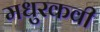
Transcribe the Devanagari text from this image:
मधुरकवी